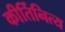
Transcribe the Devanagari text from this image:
कीर्तिनित्य